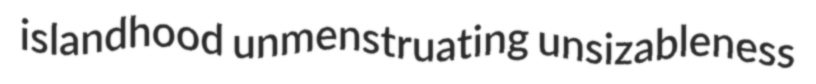
islandhood unmenstruating unsizableness